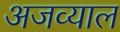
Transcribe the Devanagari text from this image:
अजव्याल